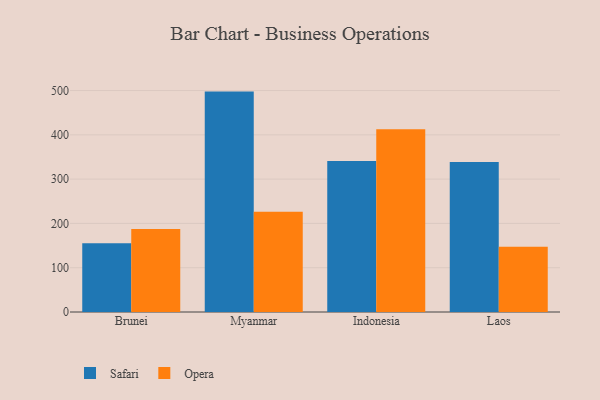
{"axis": {"x": "Country", "y": "Bounce Rate (%)"}, "legend": ["Opera", "Safari"], "data": [{"x": "Brunei", "y": 155.5, "type": "Safari"}, {"x": "Brunei", "y": 187.2, "type": "Opera"}, {"x": "Myanmar", "y": 497.6, "type": "Safari"}, {"x": "Myanmar", "y": 226.1, "type": "Opera"}, {"x": "Indonesia", "y": 340.9, "type": "Safari"}, {"x": "Indonesia", "y": 412.6, "type": "Opera"}, {"x": "Laos", "y": 338.8, "type": "Safari"}, {"x": "Laos", "y": 147.5, "type": "Opera"}]}